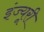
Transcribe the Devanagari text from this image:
इंज्यूरी